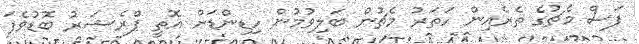
ފަސް މެޗުގެ ތެރެއިން ހަތަރު މެޗުން ބަލިވުމުން ހިޑިންޑަށް އޮތީ ޕްރެޝަރު ބޮޑުވެފަ